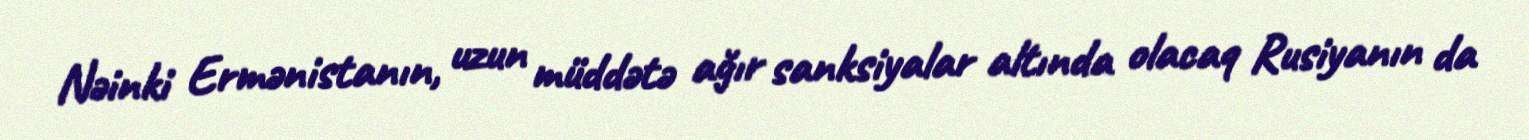
Nəinki Ermənistanın, uzun müddətə ağır sanksiyalar altında olacaq Rusiyanın da